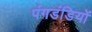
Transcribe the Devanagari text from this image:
पंगडंडियों